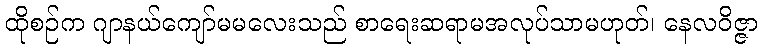
ထိုစဉ်က ဂျာနယ်ကျော်မမလေးသည် စာရေးဆရာမအလုပ်သာမဟုတ်၊ နေလဝိဇ္ဇာ